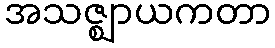
အသဇ္ဈာယကတာ